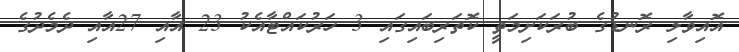
އޮއިވާލި ރޮނޑުގެ ބުރަކަށިމަތީ ކޮތަރިބައިގައި 3 ހަރުކައްޓާއެކު 23 އާއި 27އާއި ދެމެދުގެ